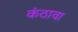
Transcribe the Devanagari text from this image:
कंठावा